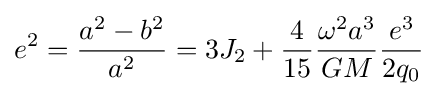
e^{2}={\frac {a^{2}-b^{2}}{a^{2}}}=3J_{2}+{\frac {4}{15}}{\frac {\omega ^{2}a^{3}}{GM}}{\frac {e^{3}}{2q_{0}}}